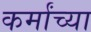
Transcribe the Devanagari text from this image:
कर्मांच्या